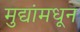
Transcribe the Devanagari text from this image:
मुद्यांमधून